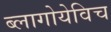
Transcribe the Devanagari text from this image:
ब्लागोयेविच